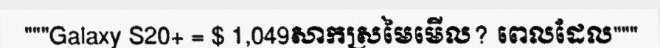
"""Galaxy S20+ = $ 1,049សាកស្រមៃមើល? ពេលដែល"""